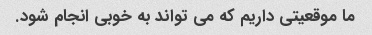
ما موقعیتی داریم که می تواند به خوبی انجام شود.